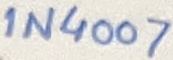
Text: 1N4007